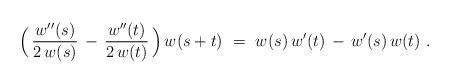
LaTeX: \begin{align*} \Bigl( \, {w^{\prime\prime}(s) \over 2 \, w(s)} \, - \, {w^{\prime\prime}(t) \over 2 \, w(t)} \, \Bigr) \, w(s+t)~ =~w(s) \, w^\prime(t) \, - \, w^\prime(s) \, w(t)~.\end{align*}